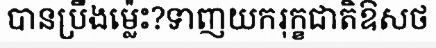
បានប្រឹងម្ល៉េះ?ទាញយករុក្ខជាតិឱសថ